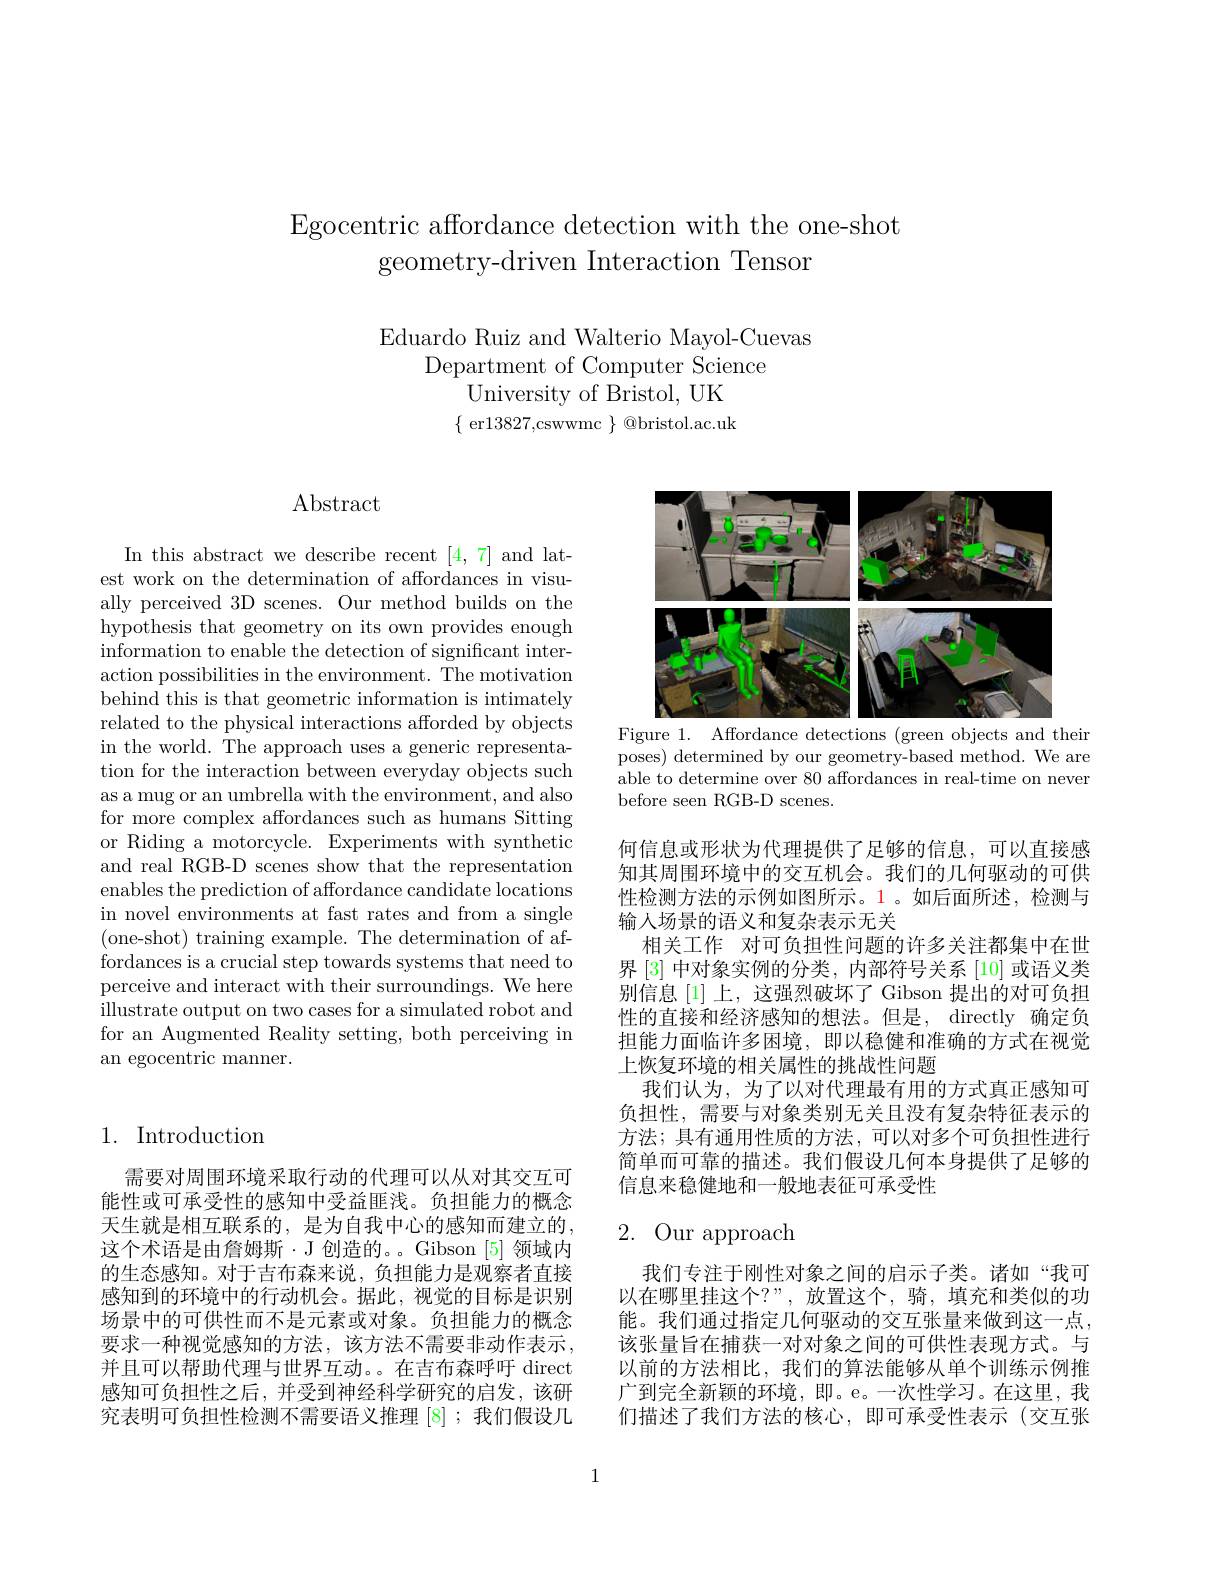
Egocentric affordance detection with the one-shot
geometry-driven Interaction Tensor

Eduardo Ruiz and Walterio Mayol-Cuevas

Department of Computer Science

University of Bristol, UK

$\{$ er13827,cswwmc $\}$ @bristol.ac.uk
$$\begin{matrix}1.&\text{Introduction}\\\end{matrix}$$
需要对周围环境采取行动的代理可以从对其交互可能性或可承受性的感知中受益匪浅。负担能力的概念天生就是相互联系的，是为自我中心的感知而建立的， 这个术语是由詹姆斯·J 创造的。。Gibson [5]领域内的生态感知。对于吉布森来说，负担能力是观察者直接感知到的环境中的行动机会。据此，视觉的目标是识别场景中的可供性而不是元素或对象。负担能力的概念要求一种视觉感知的方法，该方法不需要非动作表示， 并且可以帮助代理与世界互动。。在吉布森呼吁 direct 感知可负担性之后，并受到神经科学研究的启发，该研究表明可负担性检测不需要语义推理[8] ;我们假设几

# $\operatorname{Abstract}$

In this abstract we describe recent [4,7] and latest work on the determination of affordances in visually perceived 3D scenes. Our method builds on the hypothesis that geometry on its own provides enough information to enable the detection of significant interaction possibilities in the environment. The motivation behind this is that geometric information is intimately related to the physical interactions afforded by objects in the world. The approach uses a generic representation for the interaction between everyday objects such as a mug or an umbrella with the environment, and also for more complex affordances such as humans Sitting or Riding a motorcycle. Experiments with synthetic and real RGB-D scenes show that the representation enables the prediction of affordance candidate locations in novel environments at fast rates and from a single (one-shot) training example. The determination of affordances is a crucial step towards systems that need to perceive and interact with their surroundings. We here illustrate output on two cases for a simulated robot and for an Augmented Reality setting, both perceiving in an egocentric manner.

<FigureHere>
Figure 1. Affordance detections (green objects and their

poses) determined by our geometry-based method. We are able to determine over 80 affordances in real-time on never before seen RGB-D scenes.

何信息或形状为代理提供了足够的信息，可以直接感知其周围环境中的交互机会。我们的几何驱动的可供性检测方法的示例如图所示。1。如后面所述，检测与输入场景的语义和复杂表示无关
相关工作 对可负担性问题的许多关注都集中在世界 [3] 中对象实例的分类，内部符号关系 [10] 或语义类别信息[1]上，这强烈破坏了 Gibson 提出的对可负担性的直接和经济感知的想法。但是，directly 确定负担能力面临许多困境，即以稳健和准确的方式在视觉上恢复环境的相关属性的挑战性问题
我们认为，为了以对代理最有用的方式真正感知可负担性，需要与对象类别无关且没有复杂特征表示的方法；具有通用性质的方法，可以对多个可负担性进行简单而可靠的描述。我们假设几何本身提供了足够的信息来稳健地和一般地表征可承受性

## 2. Our approach

我们专注于刚性对象之间的启示子类。诸如“我可以在哪里挂这个？”,放置这个，骑，填充和类似的功能。我们通过指定几何驱动的交互张量来做到这一点， 该张量旨在捕获一对对象之间的可供性表现方式。与以前的方法相比，我们的算法能够从单个训练示例推广到完全新颖的环境，即。e。一次性学习。在这里，我们描述了我们方法的核心，即可承受性表示(交互张

1